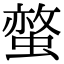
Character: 𧏅